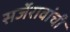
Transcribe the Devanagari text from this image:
सर्जेरावांची